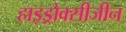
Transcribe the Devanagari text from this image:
हाइड्रोक्सीजीन